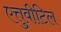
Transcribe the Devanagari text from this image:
एत्तुवीटिल